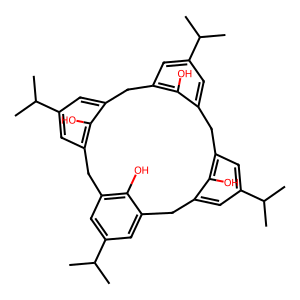
SMILES: CC(C)c1cc2c(O)c(c1)Cc1cc(C(C)C)cc(c1O)Cc1cc(C(C)C)cc(c1O)Cc1cc(C(C)C)cc(c1O)C2
Inhibits HIV replication: No